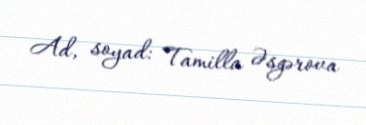
Ad, soyad: Tamilla Əsgərova